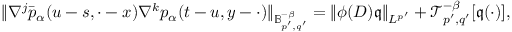
\Vert \nabla ^ { j } \bar { p } _ { \alpha } ( u - s , \cdot - x ) \nabla ^ { k } p _ { \alpha } ( t - u , y - \cdot ) \Vert _ { \mathbb { B } _ { p ^ { \prime } , q ^ { \prime } } ^ { - \beta } } = \Vert \phi ( D ) \mathfrak { q } \Vert _ { L ^ { p ^ { \prime } } } + \mathcal { T } _ { p ^ { \prime } , q ^ { \prime } } ^ { - \beta } [ \mathfrak { q } ( \cdot ) ] ,